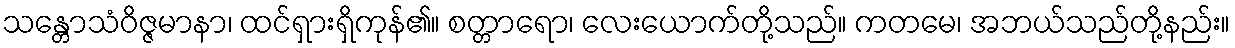
သန္တောသံဝိဇ္ဇမာနာ၊ ထင်ရှားရှိကုန်၏။ စတ္တာရော၊ လေးယောက်တို့သည်။ ကတမေ၊ အဘယ်သည်တို့နည်း။